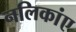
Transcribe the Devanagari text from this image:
नलिकांए